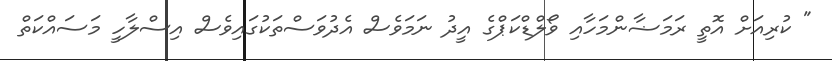
" ކުރިއަށް އޮތީ ރަމަޟާންމަހާއި ވޯލްޑްކަޕްގެ އީދު ނަމަވެސް އެދުވަސްތަކުގައިވެސް އިސްލާހީ މަސައްކަތް